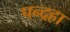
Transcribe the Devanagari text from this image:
पन्द्रहा